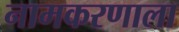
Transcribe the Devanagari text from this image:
नामकरणाला